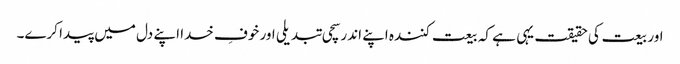
اور بیعت کی حقیقت یہی ہے کہ بیعت کنندہ اپنے اندر سچی تبدیلی اور خوفِ خدا اپنے دل میں پیدا کرے۔